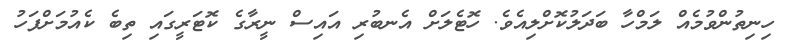
ހިނިތުންވުމެއް ލަމްހާ ބަދަލުކޮށްލިއެވެ. ހޮޓެލަށް އެނބުރި އައިސް ނީރާގެ ކޮޓަރީގައި ތިބެ ކެއުމަށްފަހު